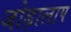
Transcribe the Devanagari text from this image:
जोड़ालाप